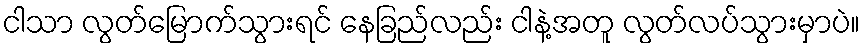
ငါသာ လွတ်မြောက်သွားရင် နေခြည်လည်း ငါနဲ့အတူ လွတ်လပ်သွားမှာပဲ။